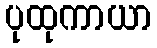
ပုထုကာယာ